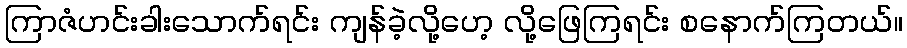
ကြာဇံဟင်းခါးသောက်ရင်း ကျန်ခဲ့လို့ဟေ့ လို့ဖြေကြရင်း စနောက်ကြတယ်။